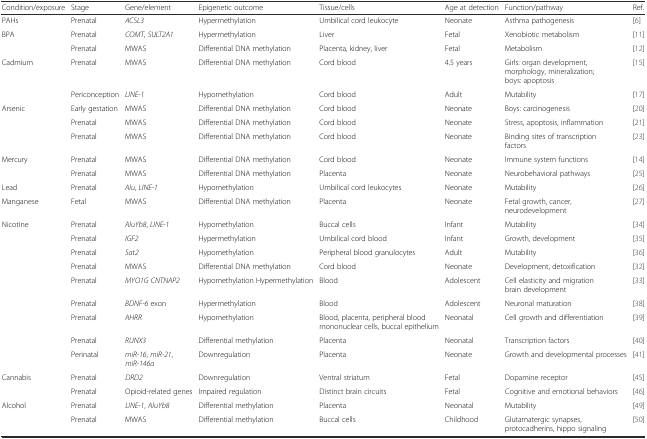
<table><thead><tr><td><b>Condition/exposure</b></td><td><b>Stage</b></td><td><b>Gene/element</b></td><td><b>Epigenetic outcome</b></td><td><b>Tissue/cells</b></td><td><b>Age at detection</b></td><td><b>Function/pathway</b></td><td><b>Ref.</b></td></tr></thead><tbody><tr><td>PAHs</td><td>Prenatal</td><td><i>ACSL3</i></td><td>Hypermethylation</td><td>Umbilical cord leukocyte</td><td>Neonate</td><td>Asthma pathogenesis</td><td>[6]</td></tr><tr><td>BPA</td><td>Prenatal</td><td><i>COMT</i>, <i>SULT2A1</i></td><td>Hypermethylation</td><td>Liver</td><td>Fetal</td><td>Xenobiotic metabolism</td><td>[11]</td></tr><tr><td></td><td>Prenatal</td><td>MWAS</td><td>Differential DNA methylation</td><td>Placenta, kidney, liver</td><td>Fetal</td><td>Metabolism</td><td>[12]</td></tr><tr><td>Cadmium</td><td>Prenatal</td><td>MWAS</td><td>Differential DNA methylation</td><td>Cord blood</td><td>4.5 years</td><td>Girls: organ development, morphology, mineralization; boys: apoptosis</td><td>[15]</td></tr><tr><td></td><td>Periconception</td><td><i>LINE-1</i></td><td>Hypomethylation</td><td>Cord blood</td><td>Adult</td><td>Mutability</td><td>[17]</td></tr><tr><td>Arsenic</td><td>Early gestation</td><td>MWAS</td><td>Differential DNA methylation</td><td>Cord blood</td><td>Neonate</td><td>Boys: carcinogenesis</td><td>[20]</td></tr><tr><td></td><td>Prenatal</td><td>MWAS</td><td>Differential DNA methylation</td><td>Cord blood</td><td>Neonate</td><td>Stress, apoptosis, inflammation</td><td>[21]</td></tr><tr><td></td><td>Prenatal</td><td>MWAS</td><td>Differential DNA methylation</td><td>Cord blood</td><td>Neonate</td><td>Binding sites of transcription factors</td><td>[23]</td></tr><tr><td>Mercury</td><td>Prenatal</td><td>MWAS</td><td>Differential DNA methylation</td><td>Cord blood</td><td>Neonate</td><td>Immune system functions</td><td>[14]</td></tr><tr><td></td><td>Prenatal</td><td>MWAS</td><td>Differential DNA methylation</td><td>Placenta</td><td>Neonate</td><td>Neurobehavioral pathways</td><td>[25]</td></tr><tr><td>Lead</td><td>Prenatal</td><td><i>Alu</i>, <i>LINE-1</i></td><td>Hypomethylation</td><td>Umbilical cord leukocytes</td><td>Neonate</td><td>Mutability</td><td>[26]</td></tr><tr><td>Manganese</td><td>Fetal</td><td>MWAS</td><td>Differential DNA methylation</td><td>Placenta</td><td>Neonate</td><td>Fetal growth, cancer, neurodevelopment</td><td>[27]</td></tr><tr><td>Nicotine</td><td>Prenatal</td><td><i>AluYb8</i>, <i>LINE-1</i></td><td>Hypomethylation</td><td>Buccal cells</td><td>Infant</td><td>Mutability</td><td>[34]</td></tr><tr><td></td><td>Prenatal</td><td><i>IGF2</i></td><td>Hypermethylation</td><td>Umbilical cord blood</td><td>Infant</td><td>Growth, development</td><td>[35]</td></tr><tr><td></td><td>Prenatal</td><td><i>Sat2</i></td><td>Hypomethylation</td><td>Peripheral blood granulocytes</td><td>Adult</td><td>Mutability</td><td>[36]</td></tr><tr><td></td><td>Prenatal</td><td>MWAS</td><td>Differential DNA methylation</td><td>Cord blood</td><td>Neonate</td><td>Development, detoxification</td><td>[32]</td></tr><tr><td></td><td>Prenatal</td><td><i>MYO1G CNTNAP2</i></td><td>Hypomethylation Hypermethylation</td><td>Blood</td><td>Adolescent</td><td>Cell elasticity and migration brain development</td><td>[33]</td></tr><tr><td></td><td>Prenatal</td><td><i>BDNF-6</i> exon</td><td>Hypermethylation</td><td>Blood</td><td>Adolescent</td><td>Neuronal maturation</td><td>[38]</td></tr><tr><td></td><td>Prenatal</td><td><i>AHRR</i></td><td>Hypomethylation</td><td>Blood, placenta, peripheral blood mononuclear cells, buccal epithelium</td><td>Neonatal</td><td>Cell growth and differentiation</td><td>[39]</td></tr><tr><td></td><td>Prenatal</td><td><i>RUNX3</i></td><td>Differential methylation</td><td>Placenta</td><td>Neonatal</td><td>Transcription factors</td><td>[40]</td></tr><tr><td></td><td>Perinatal</td><td><i>miR-16</i>, <i>miR-21</i>, <i>miR-146a</i></td><td>Downregulation</td><td>Placenta</td><td>Neonate</td><td>Growth and developmental processes</td><td>[41]</td></tr><tr><td>Cannabis</td><td>Prenatal</td><td><i>DRD2</i></td><td>Downregulation</td><td>Ventral striatum</td><td>Fetal</td><td>Dopamine receptor</td><td>[45]</td></tr><tr><td></td><td>Prenatal</td><td>Opioid-related genes</td><td>Impaired regulation</td><td>Distinct brain circuits</td><td>Fetal</td><td>Cognitive and emotional behaviors</td><td>[46]</td></tr><tr><td>Alcohol</td><td>Prenatal</td><td><i>LINE-1</i>, <i>AluYb8</i></td><td>Differential methylation</td><td>Placenta</td><td>Neonatal</td><td>Mutability</td><td>[49]</td></tr><tr><td></td><td>Prenatal</td><td>MWAS</td><td>Differential methylation</td><td>Buccal cells</td><td>Childhood</td><td>Glutamatergic synapses, protocadherins, hippo signaling</td><td>[50]</td></tr></tbody></table>